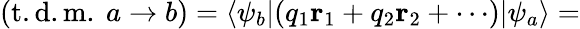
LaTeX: ({\mathrm{t.d.m.~}}a\rightarrow b)=\langle\psi_{b}|(q_{1}\mathbf{r}_{1}+q_{2}\mathbf{r}_{2}+\cdots)|\psi_{a}\rangle=